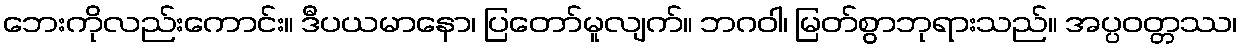
ဘေးကိုလည်းကောင်း။ ဒီပယမာနော၊ ပြတော်မူလျက်။ ဘဂဝါ၊ မြတ်စွာဘုရားသည်။ အပ္ပဝတ္တဿ၊